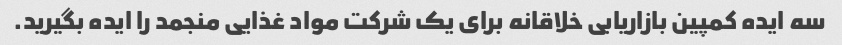
سه ایده کمپین بازاریابی خلاقانه برای یک شرکت مواد غذایی منجمد را ایده بگیرید.